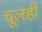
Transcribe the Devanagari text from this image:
चूलही